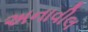
અનાવીલ